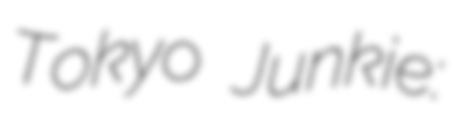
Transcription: Tokyo Junkie: